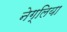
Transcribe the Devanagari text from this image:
नेग्लिया